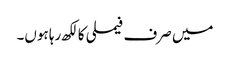
میں صرف فیملی کا لکھ رہا ہوں۔